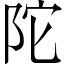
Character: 陀